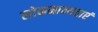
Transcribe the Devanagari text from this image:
लोकमान्यताएं